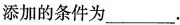
添加的条件为___.